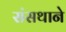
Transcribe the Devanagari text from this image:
संसथाने